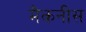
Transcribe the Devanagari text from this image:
मैकनीस